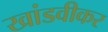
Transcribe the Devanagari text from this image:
खांडवीकर